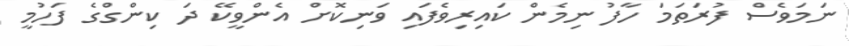
ނަމަވެސް ފުރަތަމަ ހާފު ނިމެން ކައިރިވެފައި ވަނިކޮށް އެންވީކޭ ދަ ކިންގްގެ ފަހުމީ